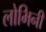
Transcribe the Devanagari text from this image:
लोभिनी